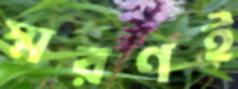
স্মরণই